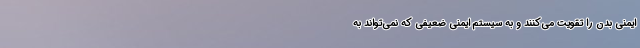
ایمنی بدن را تقویت می‌کنند و به سیستم ایمنی ضعیفی که نمی‌تواند به